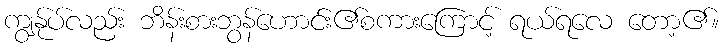
ကျွန်ုပ်လည်း ဘိန်းစားဘွန်ဟောင်း၏စကားကြောင့် ရယ်ရလေ တော့၏။